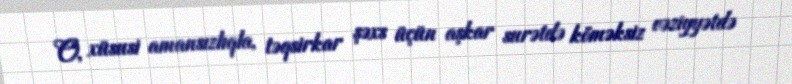
O, xüsusi amansızlıqla, təqsirkar şəxs üçün aşkar surətdə köməksiz vəziyyətdə